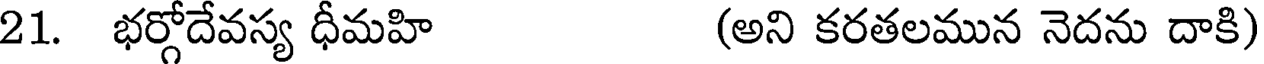
21. భర్గోదేవస్య ధీమహి (అని కరతలమున నెదను దాకి)